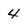
Character: 4